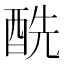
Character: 酰